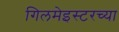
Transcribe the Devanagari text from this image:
गिलमेइस्टरच्या